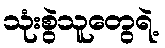
သုံးစွဲသူတွေရဲ့